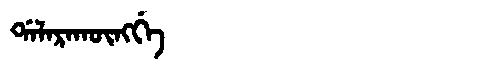
Manchu: ᡩᠠᠯᠠᡵᠠᡴᡡᠩᡤᡝ
Romanization: DALARAKŪNGGE